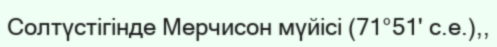
Солтүстігінде Мерчисон мүйісі (71°51' с.е.),,